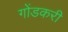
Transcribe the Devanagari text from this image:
गोंडकरी